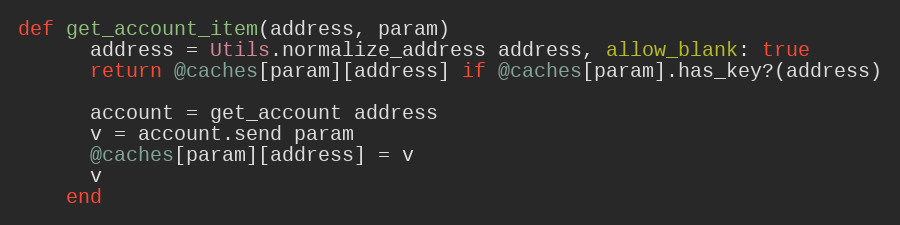
Language: Ruby
def get_account_item(address, param)
      address = Utils.normalize_address address, allow_blank: true
      return @caches[param][address] if @caches[param].has_key?(address)

      account = get_account address
      v = account.send param
      @caches[param][address] = v
      v
    end